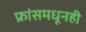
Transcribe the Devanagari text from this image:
फ्रांसमधूनही